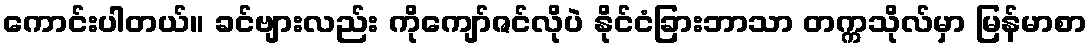
ကောင်းပါတယ်။ ခင်ဗျားလည်း ကိုကျော်ဇင်လိုပဲ နိုင်ငံခြားဘာသာ တက္ကသိုလ်မှာ မြန်မာစာ